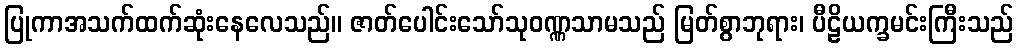
ပြုကာအသက်ထက်ဆုံးနေလေသည်။ ဇာတ်ပေါင်းသော်သုဝဏ္ဏသာမသည် မြတ်စွာဘုရား၊ ပီဠိယက္ခမင်းကြီးသည်